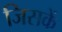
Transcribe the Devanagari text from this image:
जिसकें